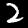
Digit: 2